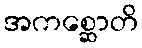
အကစ္ဆောတိ